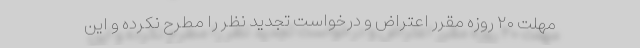
مهلت ۲۰ روزه مقرر اعتراض و درخواست تجدید نظر را مطرح نکرده و این